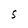
Character: S